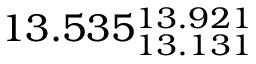
1 3 . 5 3 5 _ { 1 3 . 1 3 1 } ^ { 1 3 . 9 2 1 }